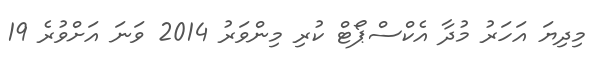
މިދިޔަ އަހަރު މުދާ އެކްސްޕޯޓް ކުރި މިންވަރު 2014 ވަނަ އަށްވުރެ 19